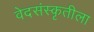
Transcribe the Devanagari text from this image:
वेदसंस्कृतीला